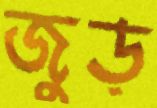
জুড়